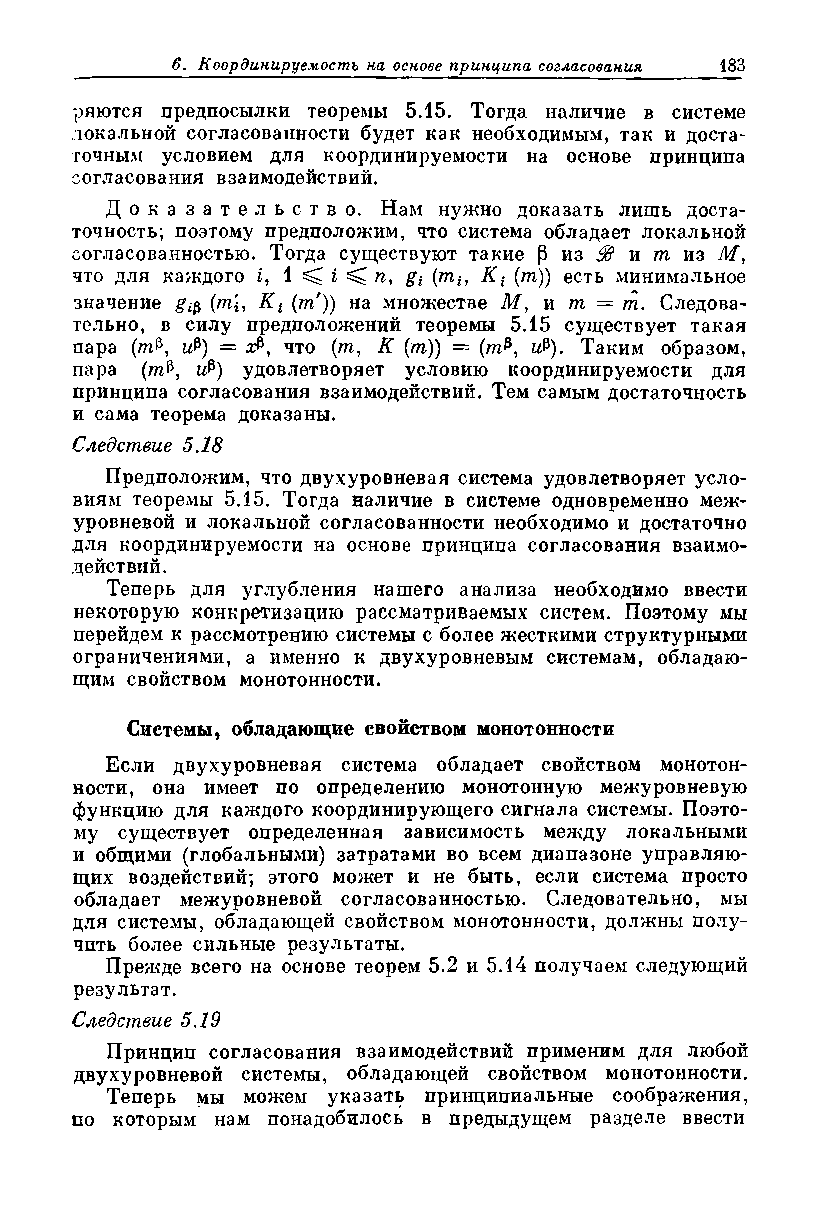
ряются предпосылки теоремы 5.15. Тогда наличие в системе
 локальной согласованности будет как необходимым, так и доста­
 точным условием для координируемое™ на основе принципа
 согласования взаимодействий.
 Д о к а з а т е л ь с т в о . Нам нужно доказать лишь доста­
 точность; поэтому предположим, что система обладает локальной
 согласованностью. Тогда существуют такие Р из S3 и т из М,
 что для каждого £, 1 ^ i п, gt (ти Kt (т)) есть минимальное
 значение gф (ml, Kt (т')) на множестве М, и пг = т. Следова­
 тельно, в силу предположений теоремы 5.15 существует такая
 пара (т$, иР) = яР, что (т, К (т)) = (т&, и®). Таким образом,
 пара (т$, иР) удовлетворяет условию координируемости для
 принципа согласования взаимодействий. Тем самым достаточность
 и сама теорема доказаны.
 Следствие 5.18
 Предположим, что двухуровневая система удовлетворяет усло­
 виям теоремы 5.15. Тогда наличие в системе одновременно меж­
 уровневой и локальной согласованности необходимо и достаточно
 для координируемости на основе принципа согласования взаимо­
 действий.
 Теперь для углубления нашего анализа необходимо ввести
 некоторую конкретизацию рассматриваемых систем. Поэтому мы
 перейдем к рассмотрению системы с более жесткими структурными
 ограничениями, а именно к двухуровневым системам, обладаю­
 щим свойством монотонности.
 Системы, обладающие свойством монотонности
 Если двухуровневая система обладает свойством монотон­
 ности, она имеет по определению монотонную межуровневую
 функцию для каждого координирующего сигнала системы. Поэто­
 му существует определенная зависимость между локальными
 и общими (глобальными) затратами во всем диапазоне управляю­
 щих воздействий; этого может и не быть, если система просто
 обладает межуровневой согласованностью. Следовательно, мы
 для системы, обладающей свойством монотонности, должны полу­
 чить более сильные результаты.
 Прежде всего на основе теорем 5.2 и 5.14 получаем следующий
 результат.
 Следствие 5.19
 Принцип согласования взаимодействий применим для любой
 двухуровневой системы, обладающей свойством монотонности.
 Теперь мы можем указать принципиальные соображения,
 по которым нам понадобилось в предыдущем разделе ввести